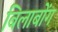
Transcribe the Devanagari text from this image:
बिलाबोंग